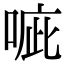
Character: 㖢